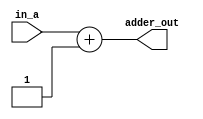
`timescale 1ns / 1ps
//////////////////////////////////////////////////////////////////////////////////
//	Alumnos:
//				 Ortmann, Nestor Javier
// 				 Trejo, Bruno Guillermo
// Year: 		 2019
// Module Name:  ADD
//////////////////////////////////////////////////////////////////////////////////
module PC_ADDER
    #(
        parameter len_addr = 32
    )
    (
        input [len_addr-1 : 0] in_a,  // salida del PC
        //input [len_addr-1 : 0] in_b,  // sumar 1 al PC (por que no 4? -> porque la memoria nos tira en su salida
                                      //                una palabra de 32 bits por cada aumento en 1 de la direccion)

        output [len_addr-1 : 0] adder_out
    );
	 
	 assign adder_out = in_a + 32'b1;

    /*
        Cada vez que se incrementa la entrada (in_a), se la incrementa de nuevo.
        el incremento se habilita por: .el pc_adder, el enable, y el clock.
    
    always@(*) 
    begin      
      adder_out = in_a + in_b;
    end*/

endmodule